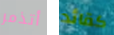
أتذمر كقائد